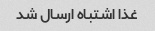
غذا اشتباه ارسال شد